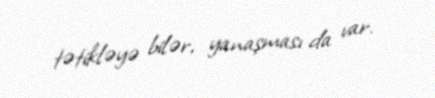
tətikləyə bilər, yanaşması da var.